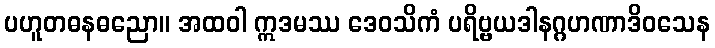
ပဟူတဓနဓညော။ အထဝါ ဣဒမဿ ဒေဝသိကံ ပရိဗ္ဗယဒါနဂ္ဂဟဏာဒိဝသေန